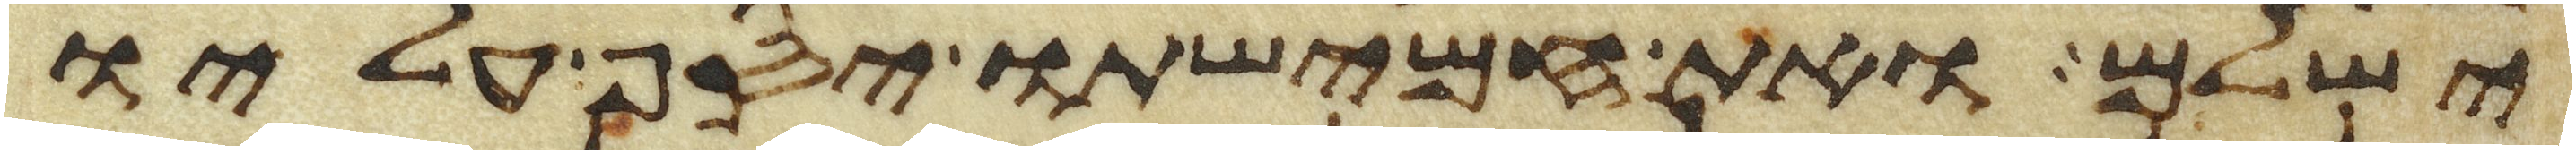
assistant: ישלם ואת חמישתו יסף עליו